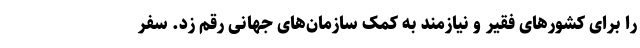
را برای کشورهای فقیر و نیازمند به کمک سازمان‌های جهانی رقم زد. سفر